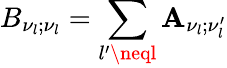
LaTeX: B_{\nu_{l};\nu_{l}}=\sum_{l^{\prime}\neql}\mathbf{A}_{\nu_{l};\nu_{l}^{\prime}}